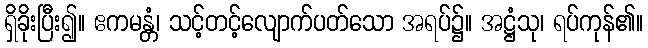
ရှိခိုးပြီး၍။ ဧကမန္တံ၊ သင့်တင့်လျောက်ပတ်သော အရပ်၌။ အဋ္ဌံသု၊ ရပ်ကုန်၏။